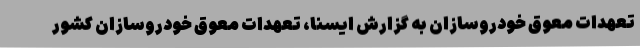
تعهدات معوق خودروسازان به گزارش ایسنا، تعهدات معوق خودروسازان کشور